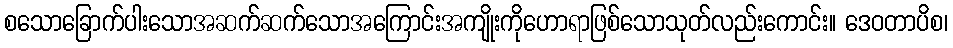
စသောခြောက်ပါးသောအဆက်ဆက်သောအကြောင်းအကျိုးကိုဟောရာဖြစ်သောသုတ်လည်းကောင်း။ ဒေဝတာပိစ၊